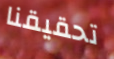
تحقيقنا